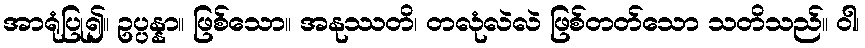
အာရုံပြု၍။ ဥပ္ပန္နာ။ ဖြစ်သော။ အနုဿတိ၊ တလုံလဲလဲ ဖြစ်တတ်သော သတိသည်။ ဝါ၊